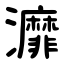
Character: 灖